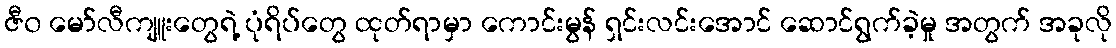
ဇီ၀ မော်လီကျူးတွေရဲ့ ပုံရိပ်တွေ ထုတ်ရာမှာ ကောင်းမွန် ရှင်းလင်းအောင် ဆောင်ရွက်ခဲ့မှု အတွက် အခုလို